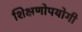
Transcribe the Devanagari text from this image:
शिक्षणोपयोगी